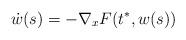
LaTeX: \begin{align*}\dot w(s)=-\nabla_x F(t^*, w(s))\end{align*}